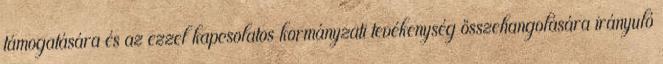
támogatására és az ezzel kapcsolatos kormányzati tevékenység összehangolására irányuló